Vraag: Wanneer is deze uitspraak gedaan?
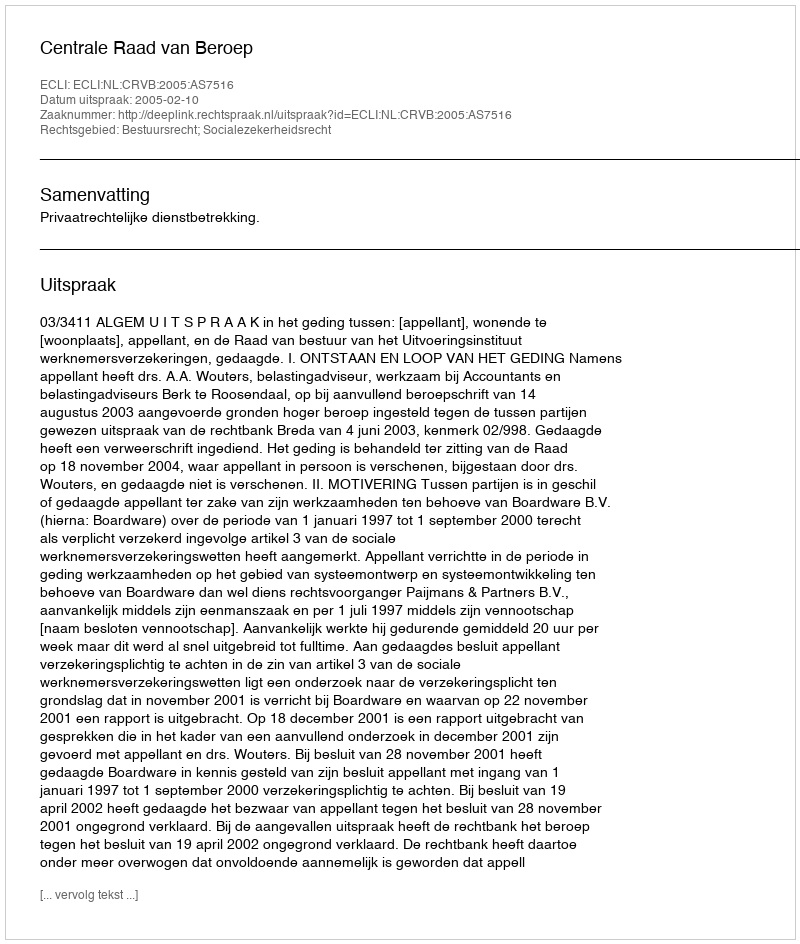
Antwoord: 2005-02-10